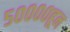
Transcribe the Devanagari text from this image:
५००००हून